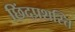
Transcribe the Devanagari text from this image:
छिंदप्रशस्ति